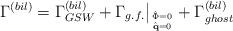
LaTeX: \begin{align*}\Gamma^{(bil)} = \Gamma^{(bil)}_{GSW} + \Gamma_{g.f.}\big|_{\hat \Phi = 0 \atop \hat{\mathbf q} = 0} +\Gamma^{(bil)} _{ghost}\end{align*}